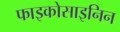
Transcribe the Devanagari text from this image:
फाइकोसाइनिन